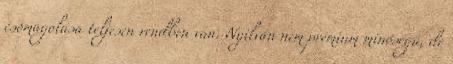
csomagolása teljesen rendben van. Nyilván nem prémium minőségű, de